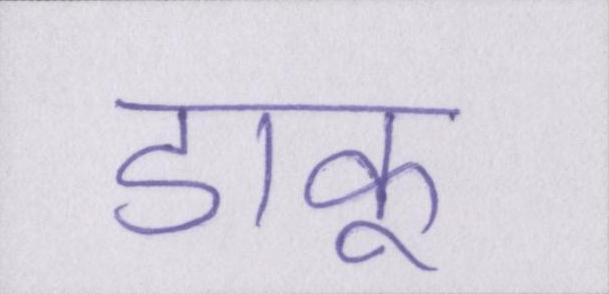
डाकू